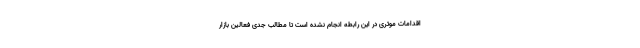
اقدامات موثری در این رابطه انجام نشده است تا مطالب جدی فعالین بازار